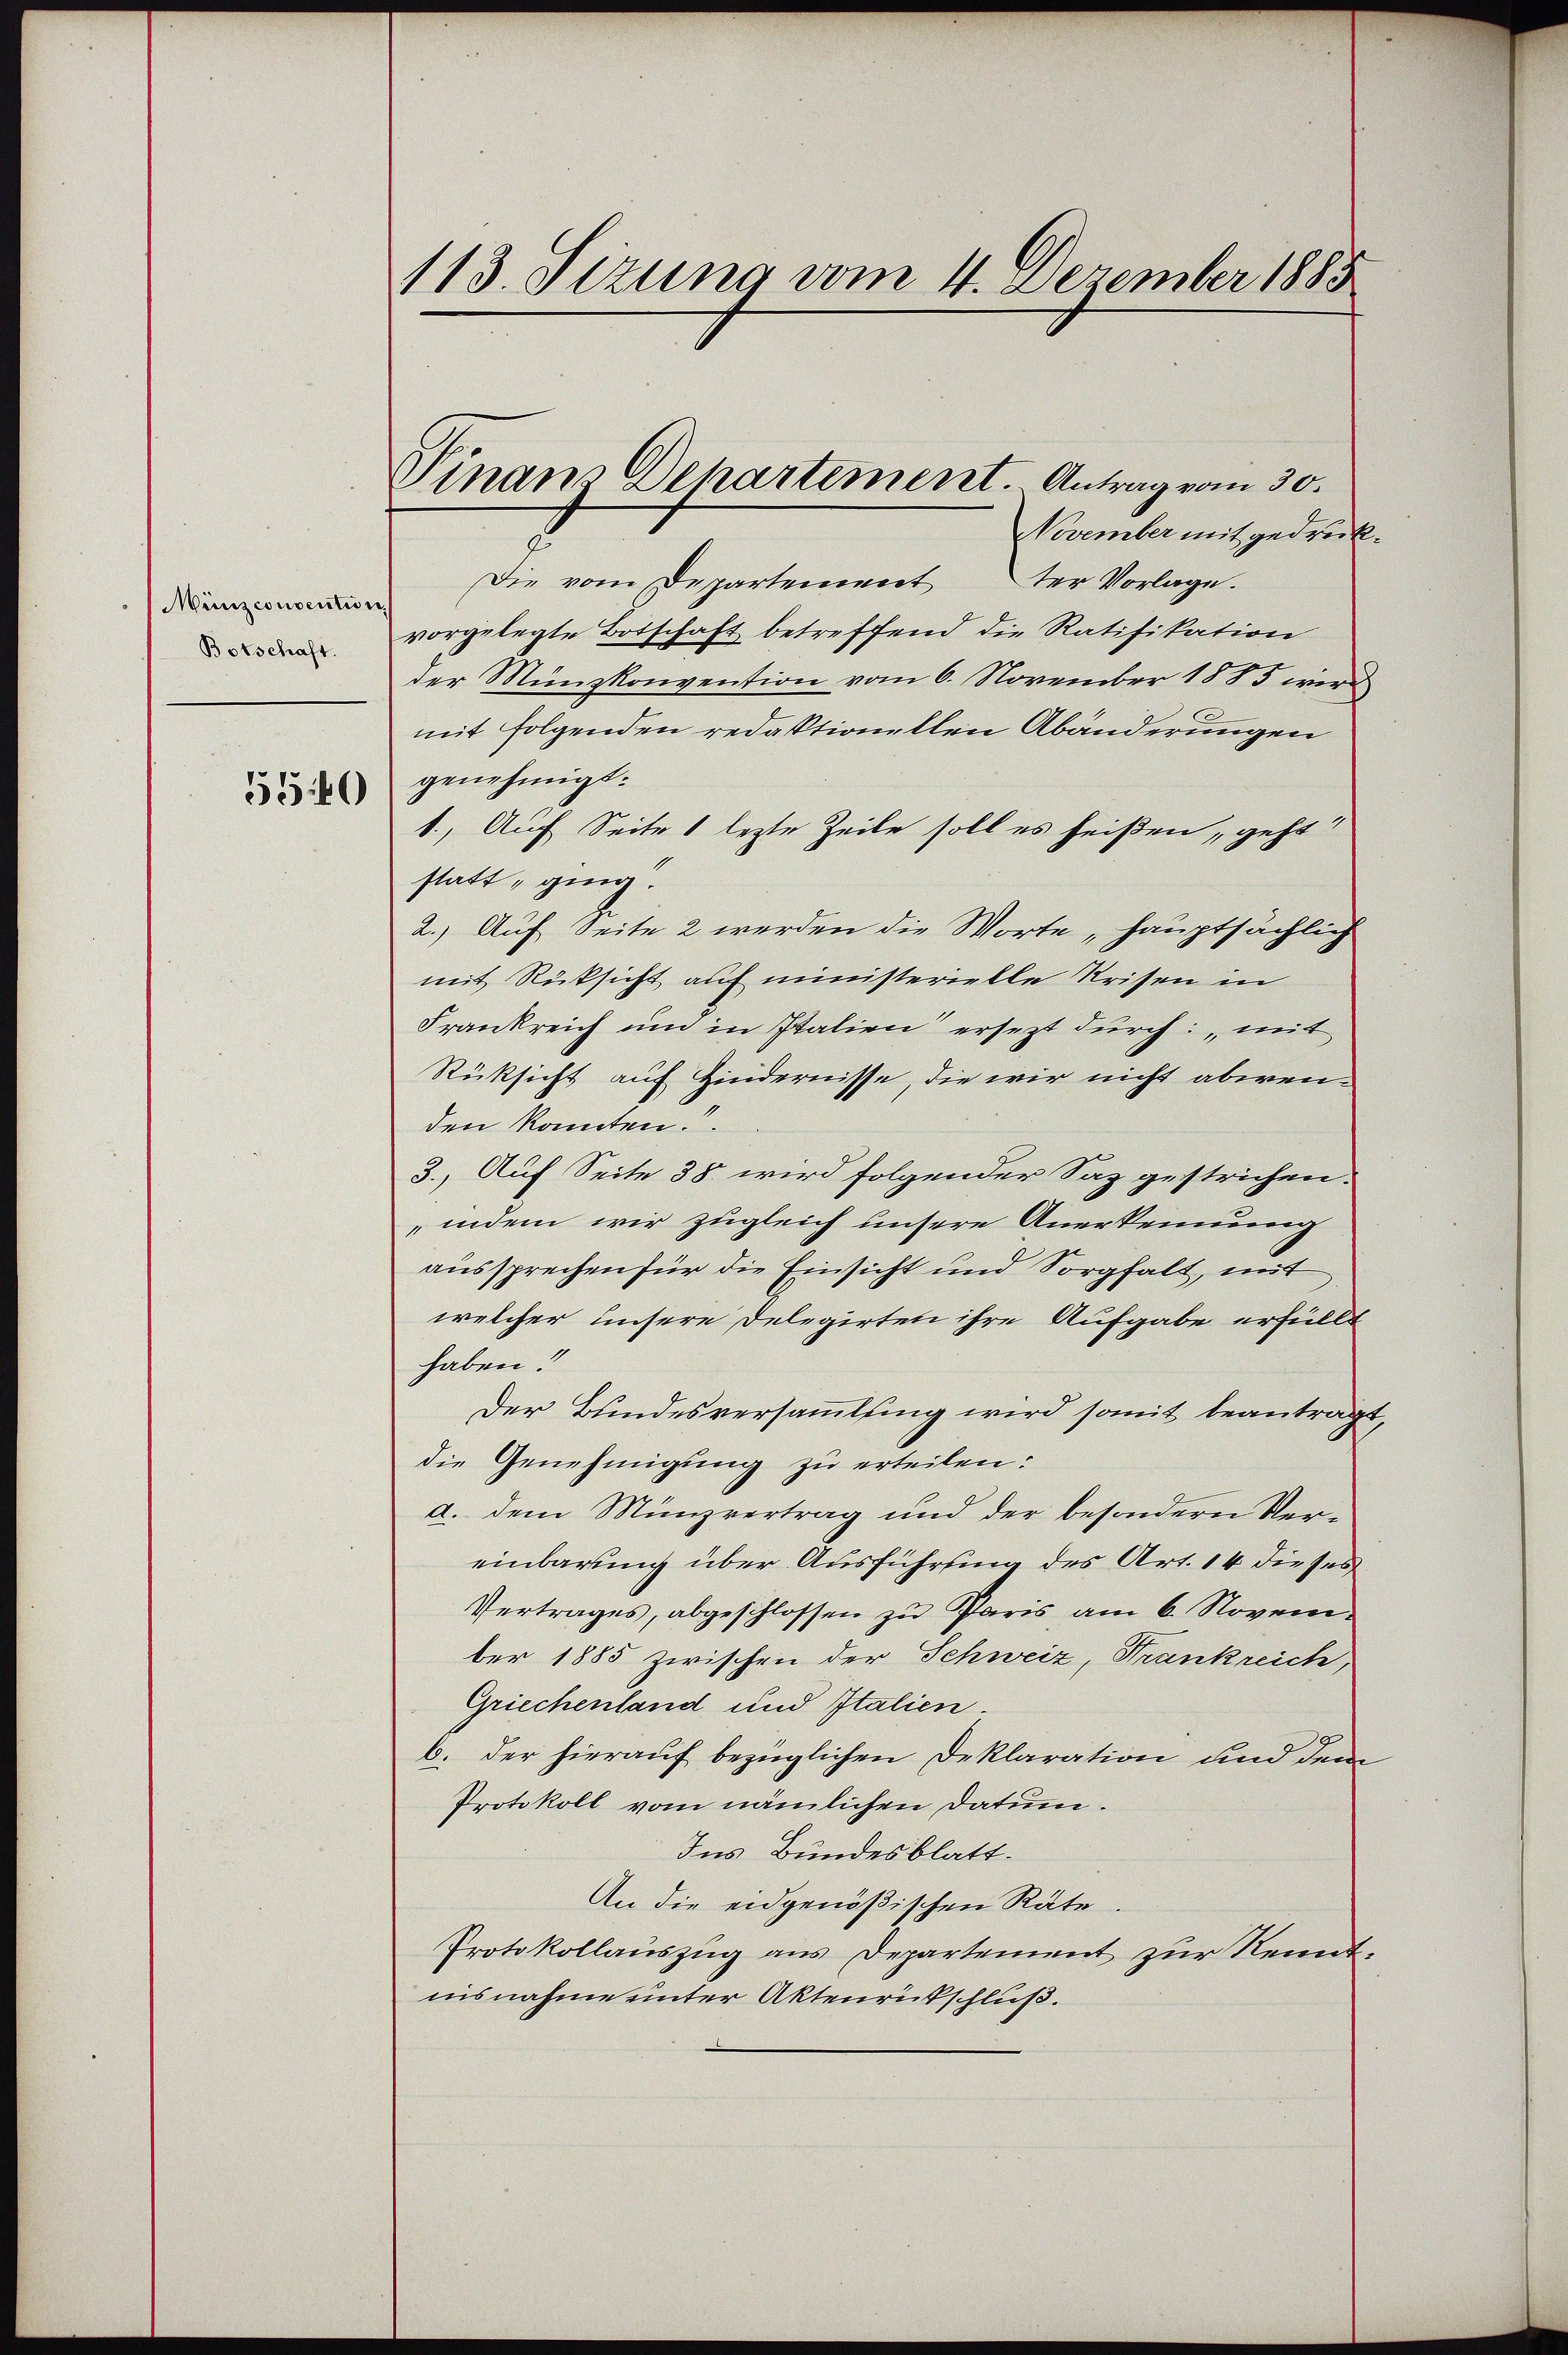
Münzconsention
Botschaft.

550

113. Sizung vom 4. Dezember 1885

Vinanz Dehartement. Antrag vom 30.

November mit gedrück¬
Die vom Departement der Vorlage.
vorgelegte Botschaft betreffend die Ratifikation
der Münzkonvention vom 6. November 1885 wird
mit folgenden redaktionellen Abänderungen
genehmigt.
1., Auch Seite 1 lezte Zeile soll es heißen, geht
statt, ging.
2.) Auf Seite 2 werden die Worte „hauptsächlich
mit Rücksicht auf ministerielle Krisen in
Frankreich um in Italien ersezt durch mit
Rücksicht auf Zindernisse, die wir nicht abwenden konnten.
3., Auf Seite 38. wird folgender Saz gestrichen.
indem wir zugleich unsere Anerkennung
aussprechen für die Einsicht und Sorgfalt, mit
welcher unsere Delegirten ihre Aufgabe erfüllt
haben!
Der Bundesversammlung wird somit beantragt,
die Genehmigung zu erteilen:
a. dem Münzvertrag und der besondern Vereinbarung über Ausführung des Art. 14 dieses
Vertrages, abgeschlossen zu Paris am 6. November 1885 zwischen der Schweiz, Frankreich,
Griechenland und Italien.
b. der hierauf bezüglichen Deklaration und dem
Protokoll vom nämlichen Datum.
Ins Bundesblatt.
An die eidgenößischen Räte.
Protokollauszug aus Departement zur Kennt:
nisnahme unter Aktenrückschluß.